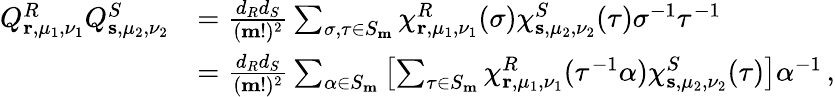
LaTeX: \begin{array}{rl}{Q_{\mathbf{r},\mu_{1},\nu_{1}}^{R}Q_{\mathbf{s},\mu_{2},\nu_{2}}^{S}}&{=\frac{d_{R}d_{S}}{(\mathbf{m}!)^{2}}\sum_{\sigma,\tau\in S_{\mathbf{m}}}\chi_{\mathbf{r},\mu_{1},\nu_{1}}^{R}(\sigma)\chi_{\mathbf{s},\mu_{2},\nu_{2}}^{S}(\tau)\sigma^{-1}\tau^{-1}}\\ &{=\frac{d_{R}d_{S}}{(\mathbf{m}!)^{2}}\sum_{\alpha\in S_{\mathbf{m}}}\left[\sum_{\tau\in S_{\mathbf{m}}}\chi_{\mathbf{r},\mu_{1},\nu_{1}}^{R}(\tau^{-1}\alpha)\chi_{\mathbf{s},\mu_{2},\nu_{2}}^{S}(\tau)\right]\alpha^{-1}\, ,}\end{array}